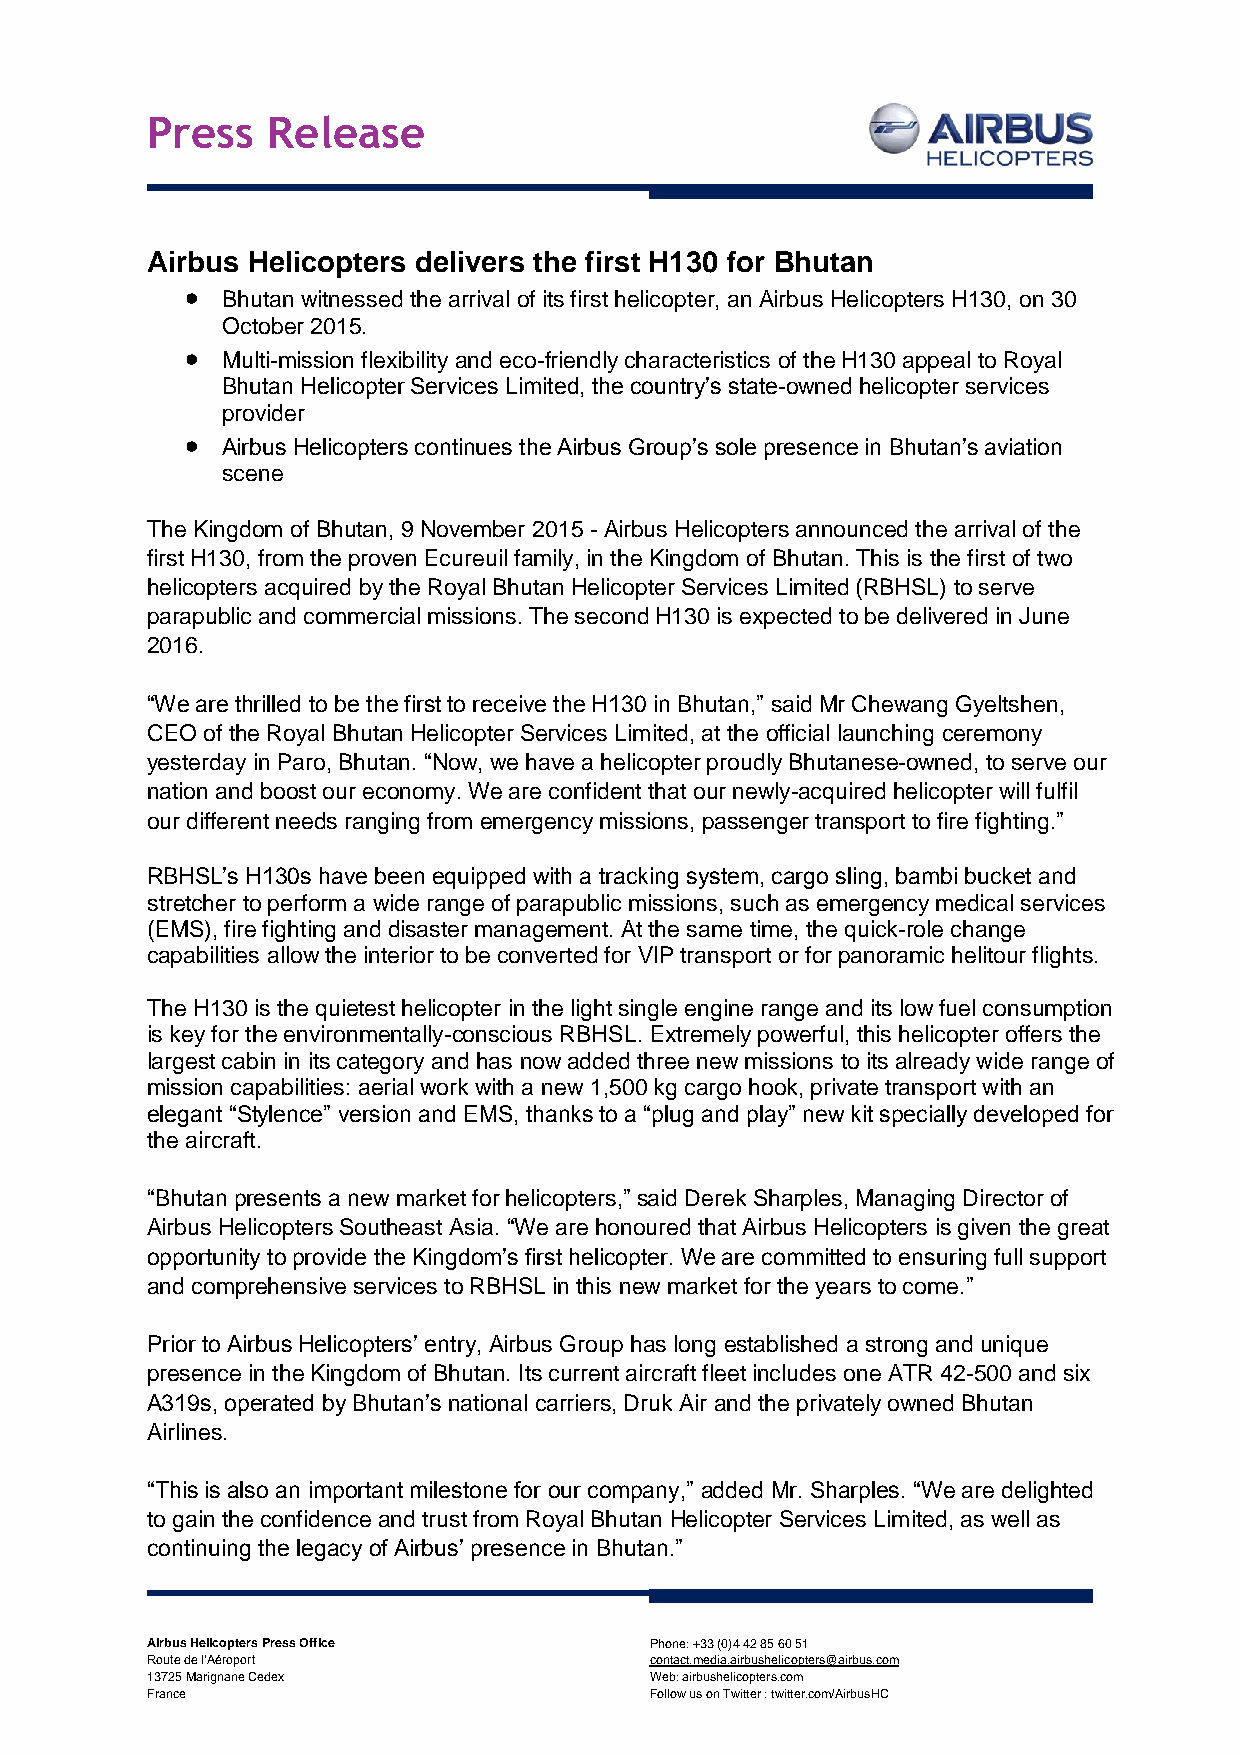
Press   Release
 Airbus Helicopters delivers the first H130 for Bhutan
   Bhutan witnessed the arrival of its first helicopter, an Airbus Helicopters H130, on 30
 October 2015.
   Multi-mission flexibility and eco-friendly characteristics of the H130 appeal to Royal
 Bhutan Helicopter Services Limited, the country’s state-owned helicopter services
 provider
   Airbus Helicopters continues the Airbus Group’s sole presence in Bhutan’s aviation
 scene
 The Kingdom of Bhutan, 9 November 2015 - Airbus Helicopters announced the arrival of the
 first H130, from the proven Ecureuil family, in the Kingdom of Bhutan. This is the first of two
 helicopters acquired by the Royal Bhutan Helicopter Services Limited (RBHSL) to serve
 parapublic and commercial missions. The second H130 is expected to be delivered in June
 2016.
 “We are thrilled to be the first to receive the H130 in Bhutan,” said Mr Chewang Gyeltshen,
 CEO of the Royal Bhutan Helicopter Services Limited, at the official launching ceremony
 yesterday in Paro, Bhutan. “Now, we have a helicopter proudly Bhutanese-owned, to serve our
 nation and boost our economy. We are confident that our newly-acquired helicopter will fulfil
 our different needs ranging from emergency missions, passenger transport to fire fighting.”
 RBHSL’s H130s have been equipped with a tracking system, cargo sling, bambi bucket and
 stretcher to perform a wide range of parapublic missions, such as emergency medical services
 (EMS), fire fighting and disaster management. At the same time, the quick-role change
 capabilities allow the interior to be converted for VIP transport or for panoramic helitour flights.
 The H130 is the quietest helicopter in the light single engine range and its low fuel consumption
 is key for the environmentally-conscious RBHSL. Extremely powerful, this helicopter offers the
 largest cabin in its category and has now added three new missions to its already wide range of
 mission capabilities: aerial work with a new 1,500 kg cargo hook, private transport with an
 elegant “Stylence” version and EMS, thanks to a “plug and play” new kit specially developed for
 the aircraft.
 “Bhutan presents a new market for helicopters,” said Derek Sharples, Managing Director of
 Airbus Helicopters Southeast Asia. “We are honoured that Airbus Helicopters is given the great
 opportunity to provide the Kingdom’s first helicopter. We are committed to ensuring full support
 and comprehensive services to RBHSL in this new market for the years to come.”
 Prior to Airbus Helicopters’ entry, Airbus Group has long established a strong and unique
 presence in the Kingdom of Bhutan. Its current aircraft fleet includes one ATR 42-500 and six
 A319s, operated by Bhutan’s national carriers, Druk Air and the privately owned Bhutan
 Airlines.
 “This is also an important milestone for our company,” added Mr. Sharples. “We are delighted
 to gain the confidence and trust from Royal Bhutan Helicopter Services Limited, as well as
 continuing the legacy of Airbus’ presence in Bhutan.”
 Airbus Helicopters Press Office  Phone: +33 (0)4 42 85 60 51
 Route de l’Aéroport              contact.media.airbushelicopters@airbus.com
 13725 Marignane Cedex            Web: airbushelicopters.com
 F rance                          Follow us on Twitter : twitter.com/AirbusHC